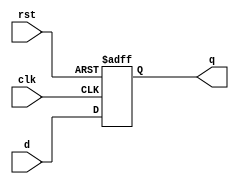
module d_flip_flop (
  input wire clk,
  input wire rst,
  input wire d,
  output reg q
);

always @(posedge clk or posedge rst) begin
  if (rst) begin
    q <= 1'b0; // Reset the flip-flop
  end else begin
    q <= d; // Update the output based on the input data
  end
end

endmodule